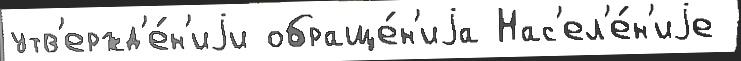
утв'ержд'е́н'иjи обраще́н'иjа Нас'ел'е́н'иjе